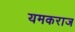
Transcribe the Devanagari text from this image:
यमकराज